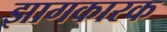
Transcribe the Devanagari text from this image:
झागकारक